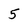
Character: 5